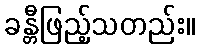
ခန္တီဖြည့်သတည်း။